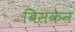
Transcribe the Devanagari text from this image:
बिसकेन